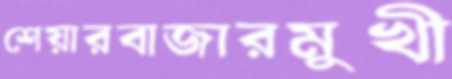
শেয়ারবাজারমুখী